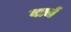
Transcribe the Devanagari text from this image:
बार्च